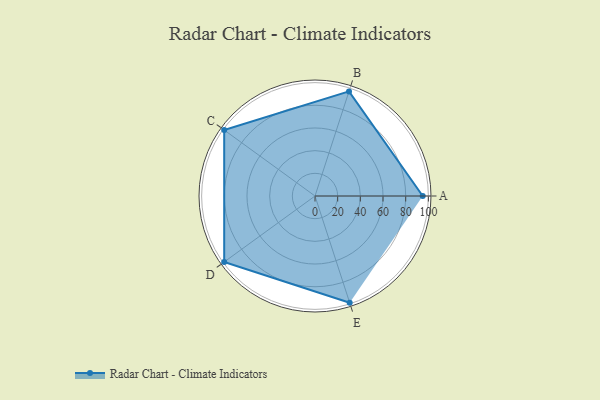
{"axis": {"x": "Skill", "y": "Score"}, "legend": ["Profile"], "data": [{"x": "A", "y": 95.0, "type": "Profile"}, {"x": "B", "y": 97.0, "type": "Profile"}, {"x": "C", "y": 99, "type": "Profile"}, {"x": "D", "y": 99, "type": "Profile"}, {"x": "E", "y": 99, "type": "Profile"}]}